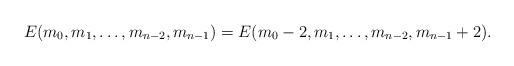
LaTeX: \begin{align*}E(m_0,m_1,\ldots,m_{n-2},m_{n-1})=E(m_0-2,m_1,\ldots,m_{n-2}, m_{n-1}+2).\end{align*}